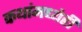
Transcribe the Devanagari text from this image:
कथांमध्येही